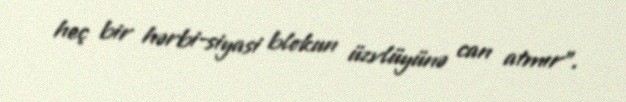
heç bir hərbi-siyasi blokun üzvlüyünə can atmır”.